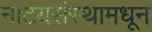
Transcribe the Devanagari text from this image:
नाटयसंस्थामधून